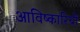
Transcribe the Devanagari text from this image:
आविष्कारियों